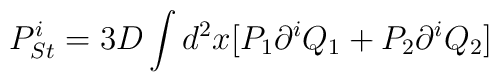
P^i_{St}=3D\int d^2x[P_1\partial ^iQ_1+P_2\partial ^iQ_2]